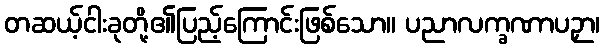
တဆယ့်ငါးခုတို့၏ပြည့်ကြောင်းဖြစ်သော။ ပညာလက္ခဏာပဉှာ၊